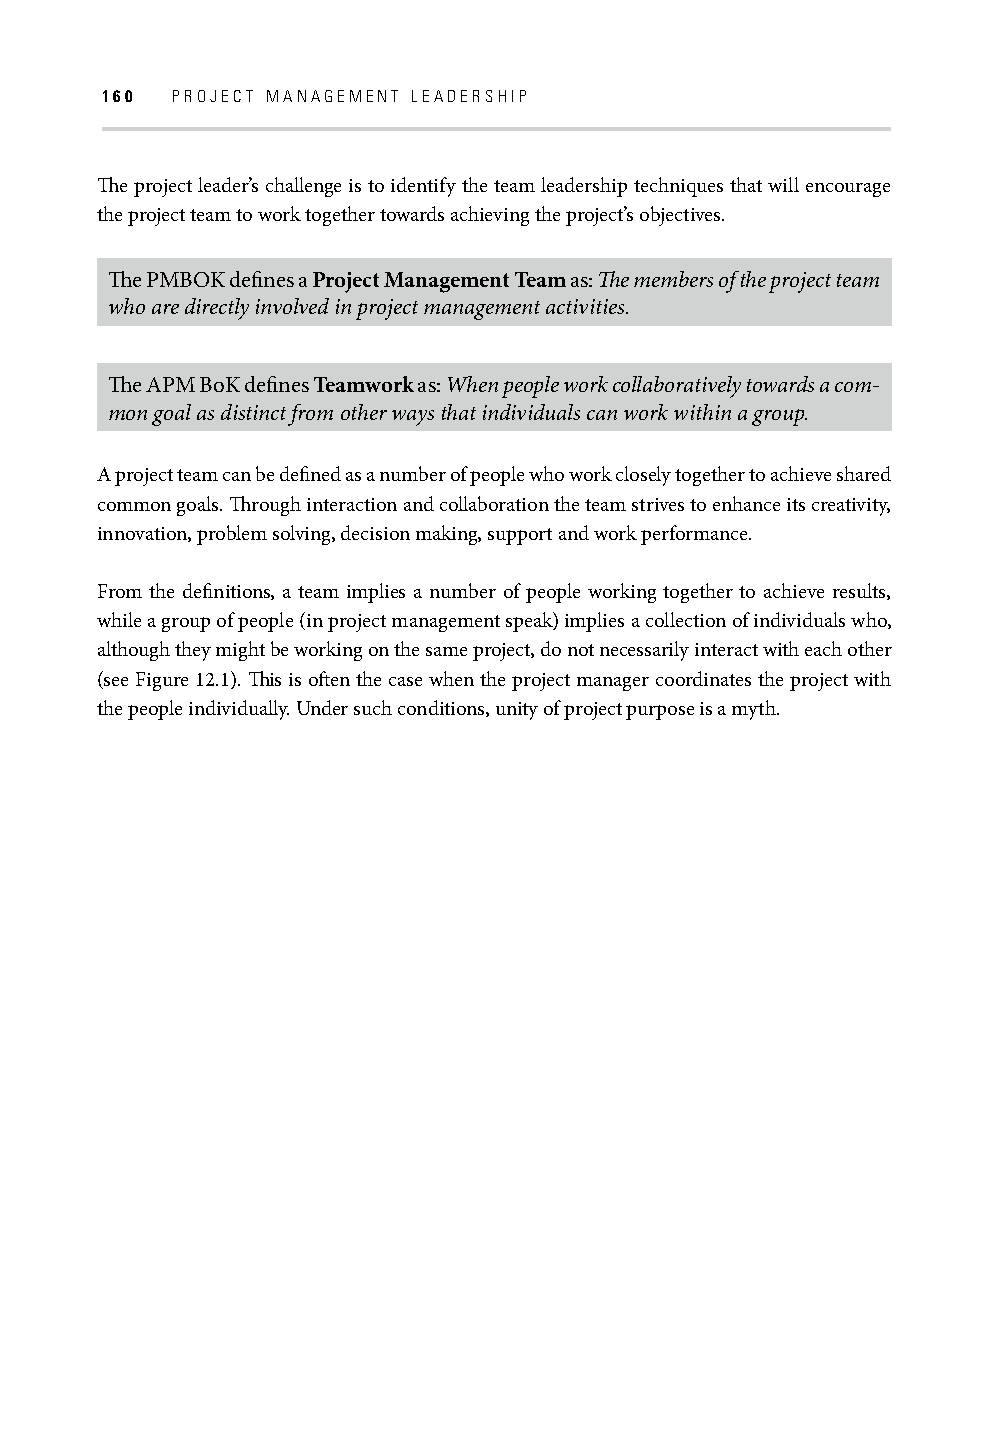
160 PROJECT MANAGEMENT LEADERSHIP
 Th e project leader’s challenge is to identify the team leadership techniques that will encourage
 the project team to work together towards achieving the project’s objectives.
 Th e PMBOK defi nes a Project Management Team as: Th e members of the project team
 who are directly involved in project management activities.
 Th e APM BoK defi nes Teamwork as: When people work collaboratively towards a com-
 mon goal as distinct from other ways that individuals can work within a group.
 A project team can be defi ned as a number of people who work closely together to achieve shared
 common goals. Th rough interaction and collaboration the team strives to enhance its creativity,
 innovation, problem solving, decision making, support and work performance.
 From the defi nitions, a team implies a number of people working together to achieve results,
 while a group of people (in project management speak) implies a collection of individuals who,
 although they might be working on the same project, do not necessarily interact with each other
 (see Figure 12.1). Th is is oft en the case when the project manager coordinates the project with
 the people individually. Under such conditions, unity of project purpose is a myth.